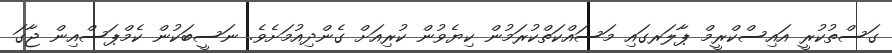
ގަސްތުކުރީ އައިސްކްރީމް ޕާލަރގައި މަސައްކަތްކުރަމުން ކިޔެވުން ކުރިއަށް ގެންދިއުމަށެވެ. ނަސީބަކުން ކެމްޕަސްއިން ޖާގަ